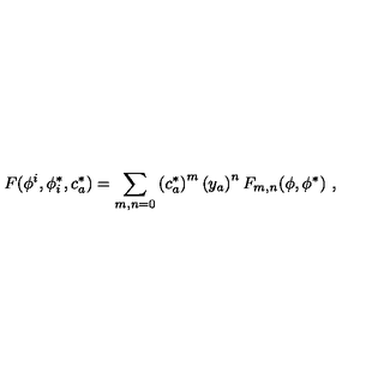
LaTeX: F ( \phi ^ { i } , \phi _ { i } ^ { * } , c _ { a } ^ { * } ) = \sum _ { m , n = 0 } \left( c _ { a } ^ { * } \right) ^ { m } \left( y _ { a } \right) ^ { n } F _ { m , n } ( \phi , \phi ^ { * } ) \ ,